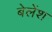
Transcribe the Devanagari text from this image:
बेलेंश